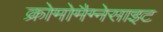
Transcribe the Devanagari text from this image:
क्रोमोमैग्‍नेसाइट